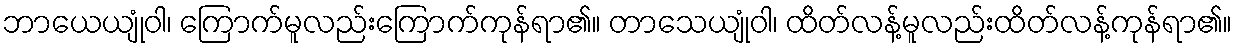
ဘာယေယျုံဝါ၊ ကြောက်မူလည်းကြောက်ကုန်ရာ၏။ တာသေယျုံဝါ၊ ထိတ်လန့်မူလည်းထိတ်လန့်ကုန်ရာ၏။